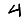
Digit: 4